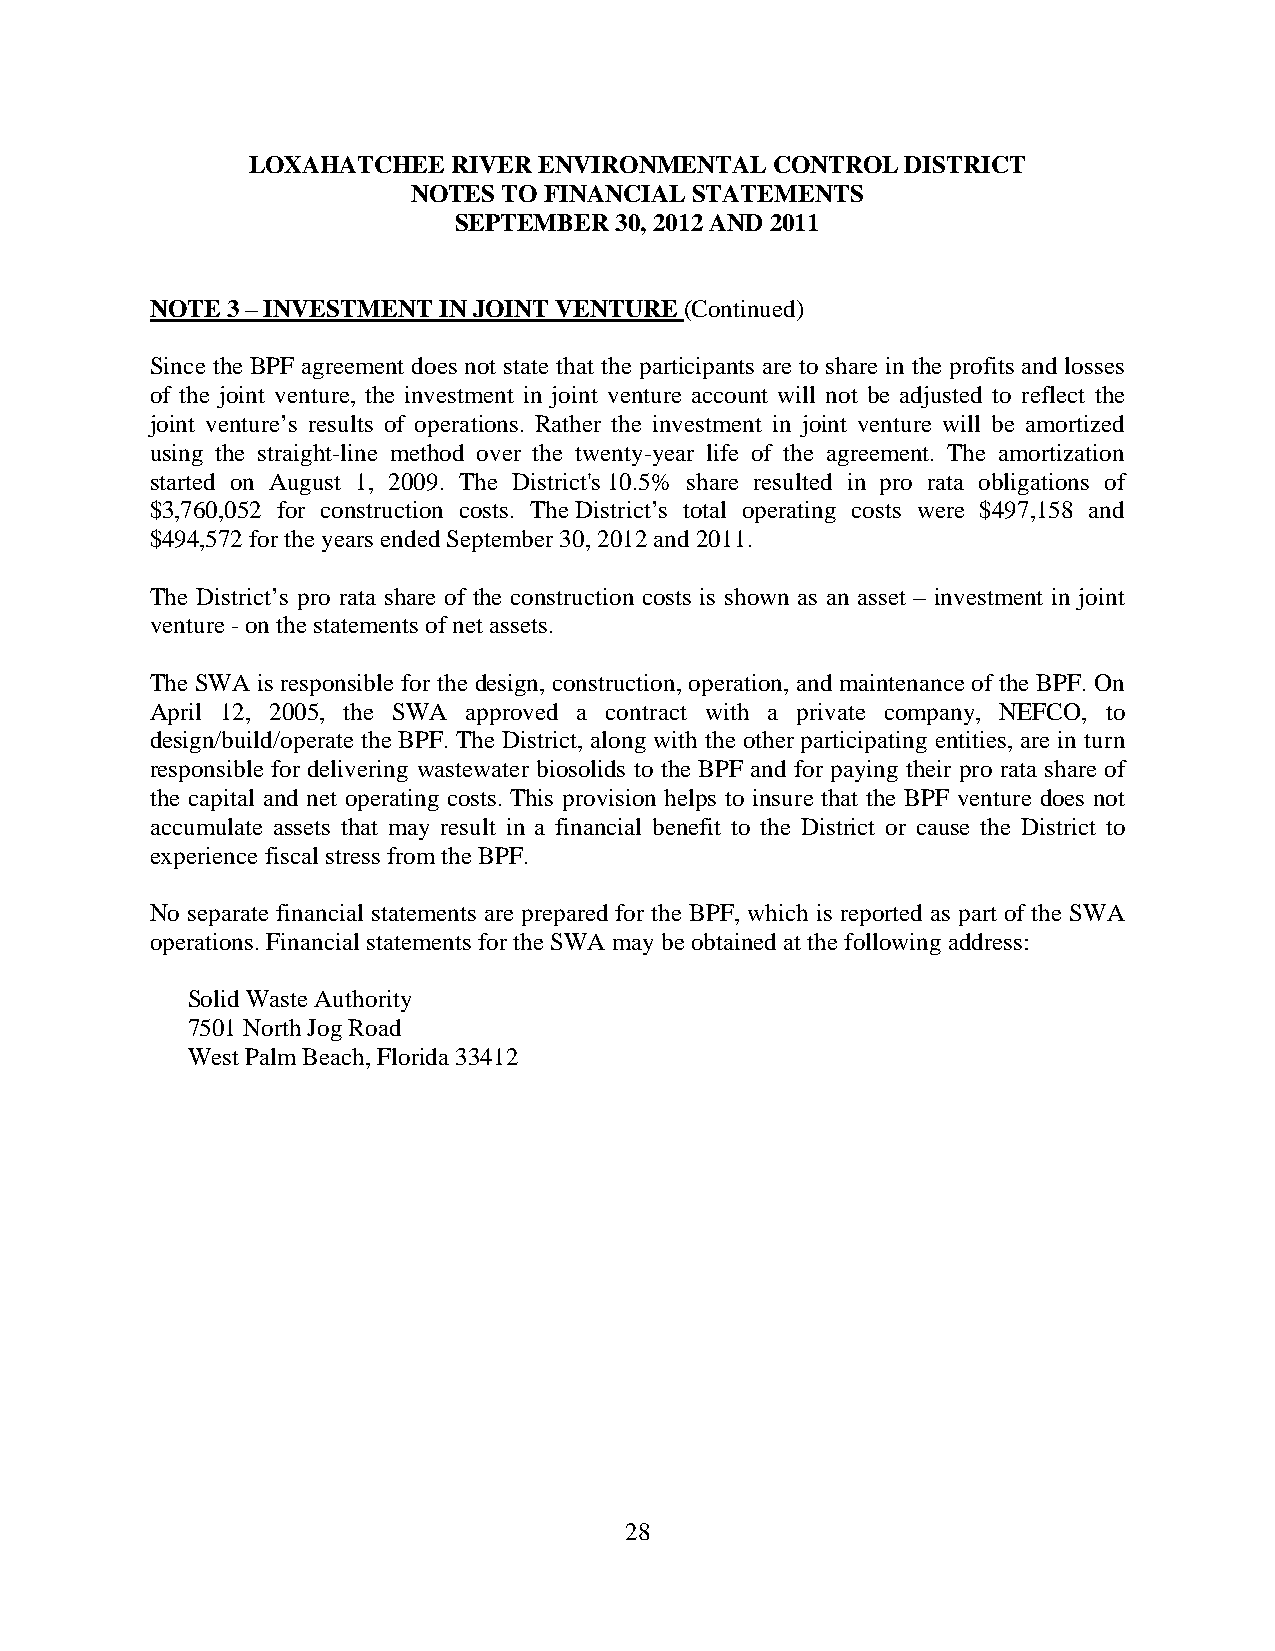
LOXAHATCHEE   RIVER ENVIRONMENTAL  CONTROL  DISTRICT
 NOTES TO FINANCIAL STATEMENTS
 SEPTEMBER  30, 2012 AND 2011
 NOTE 3 – INVESTMENT IN JOINT VENTURE (Continued)
 Since the BPF agreement does not state that the participants are to share in the profits and losses
 of the joint venture, the investment in joint venture account will not be adjusted to reflect the
 joint venture’s results of operations. Rather the investment in joint venture will be amortized
 using the straight-line method over the twenty-year life of the agreement. The amortization
 started on August 1, 2009. The District's 10.5% share resulted in pro rata obligations of
 $3,760,052 for construction costs. The District’s total operating costs were $497,158 and
 $494,572 for the years ended September 30, 2012 and 2011.
 The District’s pro rata share of the construction costs is shown as an asset – investment in joint
 venture - on the statements of net assets.
 The SWA is responsible for the design, construction, operation, and maintenance of the BPF. On
 April 12, 2005, the SWA approved a contract with a private company, NEFCO, to
 design/build/operate the BPF. The District, along with the other participating entities, are in turn
 responsible for delivering wastewater biosolids to the BPF and for paying their pro rata share of
 the capital and net operating costs. This provision helps to insure that the BPF venture does not
 accumulate assets that may result in a financial benefit to the District or cause the District to
 experience fiscal stress from the BPF.
 No separate financial statements are prepared for the BPF, which is reported as part of the SWA
 operations. Financial statements for the SWA may be obtained at the following address:
 Solid Waste Authority
 7501 North Jog Road
 West Palm Beach, Florida 33412
 28